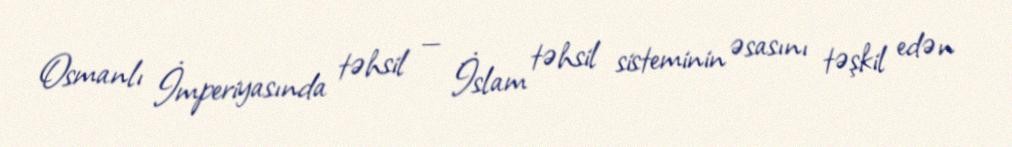
Osmanlı İmperiyasında təhsil — İslam təhsil sisteminin əsasını təşkil edən